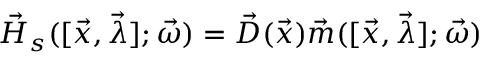
\vec { H } _ { s } ( [ \vec { x } , \vec { \lambda } ] ; \vec { \omega } ) = \vec { D } ( \vec { x } ) \vec { m } ( [ \vec { x } , \vec { \lambda } ] ; \vec { \omega } )